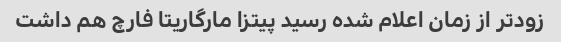
زودتر از زمان اعلام شده رسید پیتزا مارگاریتا فارچ هم داشت